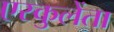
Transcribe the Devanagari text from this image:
एस्कुलेंता